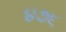
૪૭૬